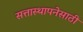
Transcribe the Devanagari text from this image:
सत्तास्थापनेसाठी